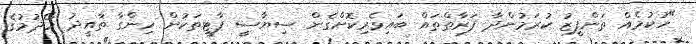
"ހުކުމެއް ތަންފީޒު ކުރަމުންދާ ފަރާތްތައް ބައިވެރިކޮށްގެން ސިޔާސީ ޕާޓީތަކުން ހިންގާ ތާއީދު ހޯދުމުގެ